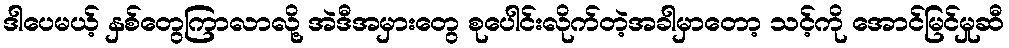
ဒါပေမယ့် နှစ်တွေကြာလာလို့ အဲဒီအမှားတွေ စုပေါင်းလိုက်တဲ့အခါမှာတော့ သင့်ကို အောင်မြင်မှုဆီ